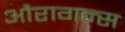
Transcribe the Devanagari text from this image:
औरागन्स